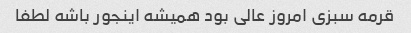
قرمه سبزی امروز عالی بود همیشه اینجور باشه لطفا